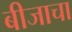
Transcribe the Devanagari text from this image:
बीजाचा